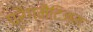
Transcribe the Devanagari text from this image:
प्रैगमैटिज्म